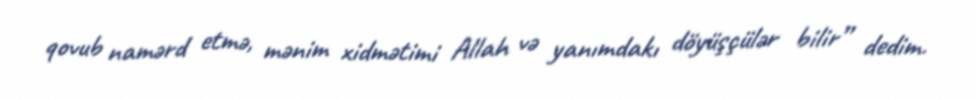
qovub namərd etmə, mənim xidmətimi Allah və yanımdakı döyüşçülər bilir” dedim.